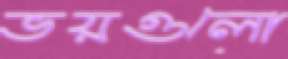
ভয়গুলো